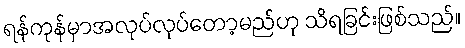
ရန်ကုန်မှာအလုပ်လုပ်တော့မည်ဟု သိရခြင်းဖြစ်သည်။